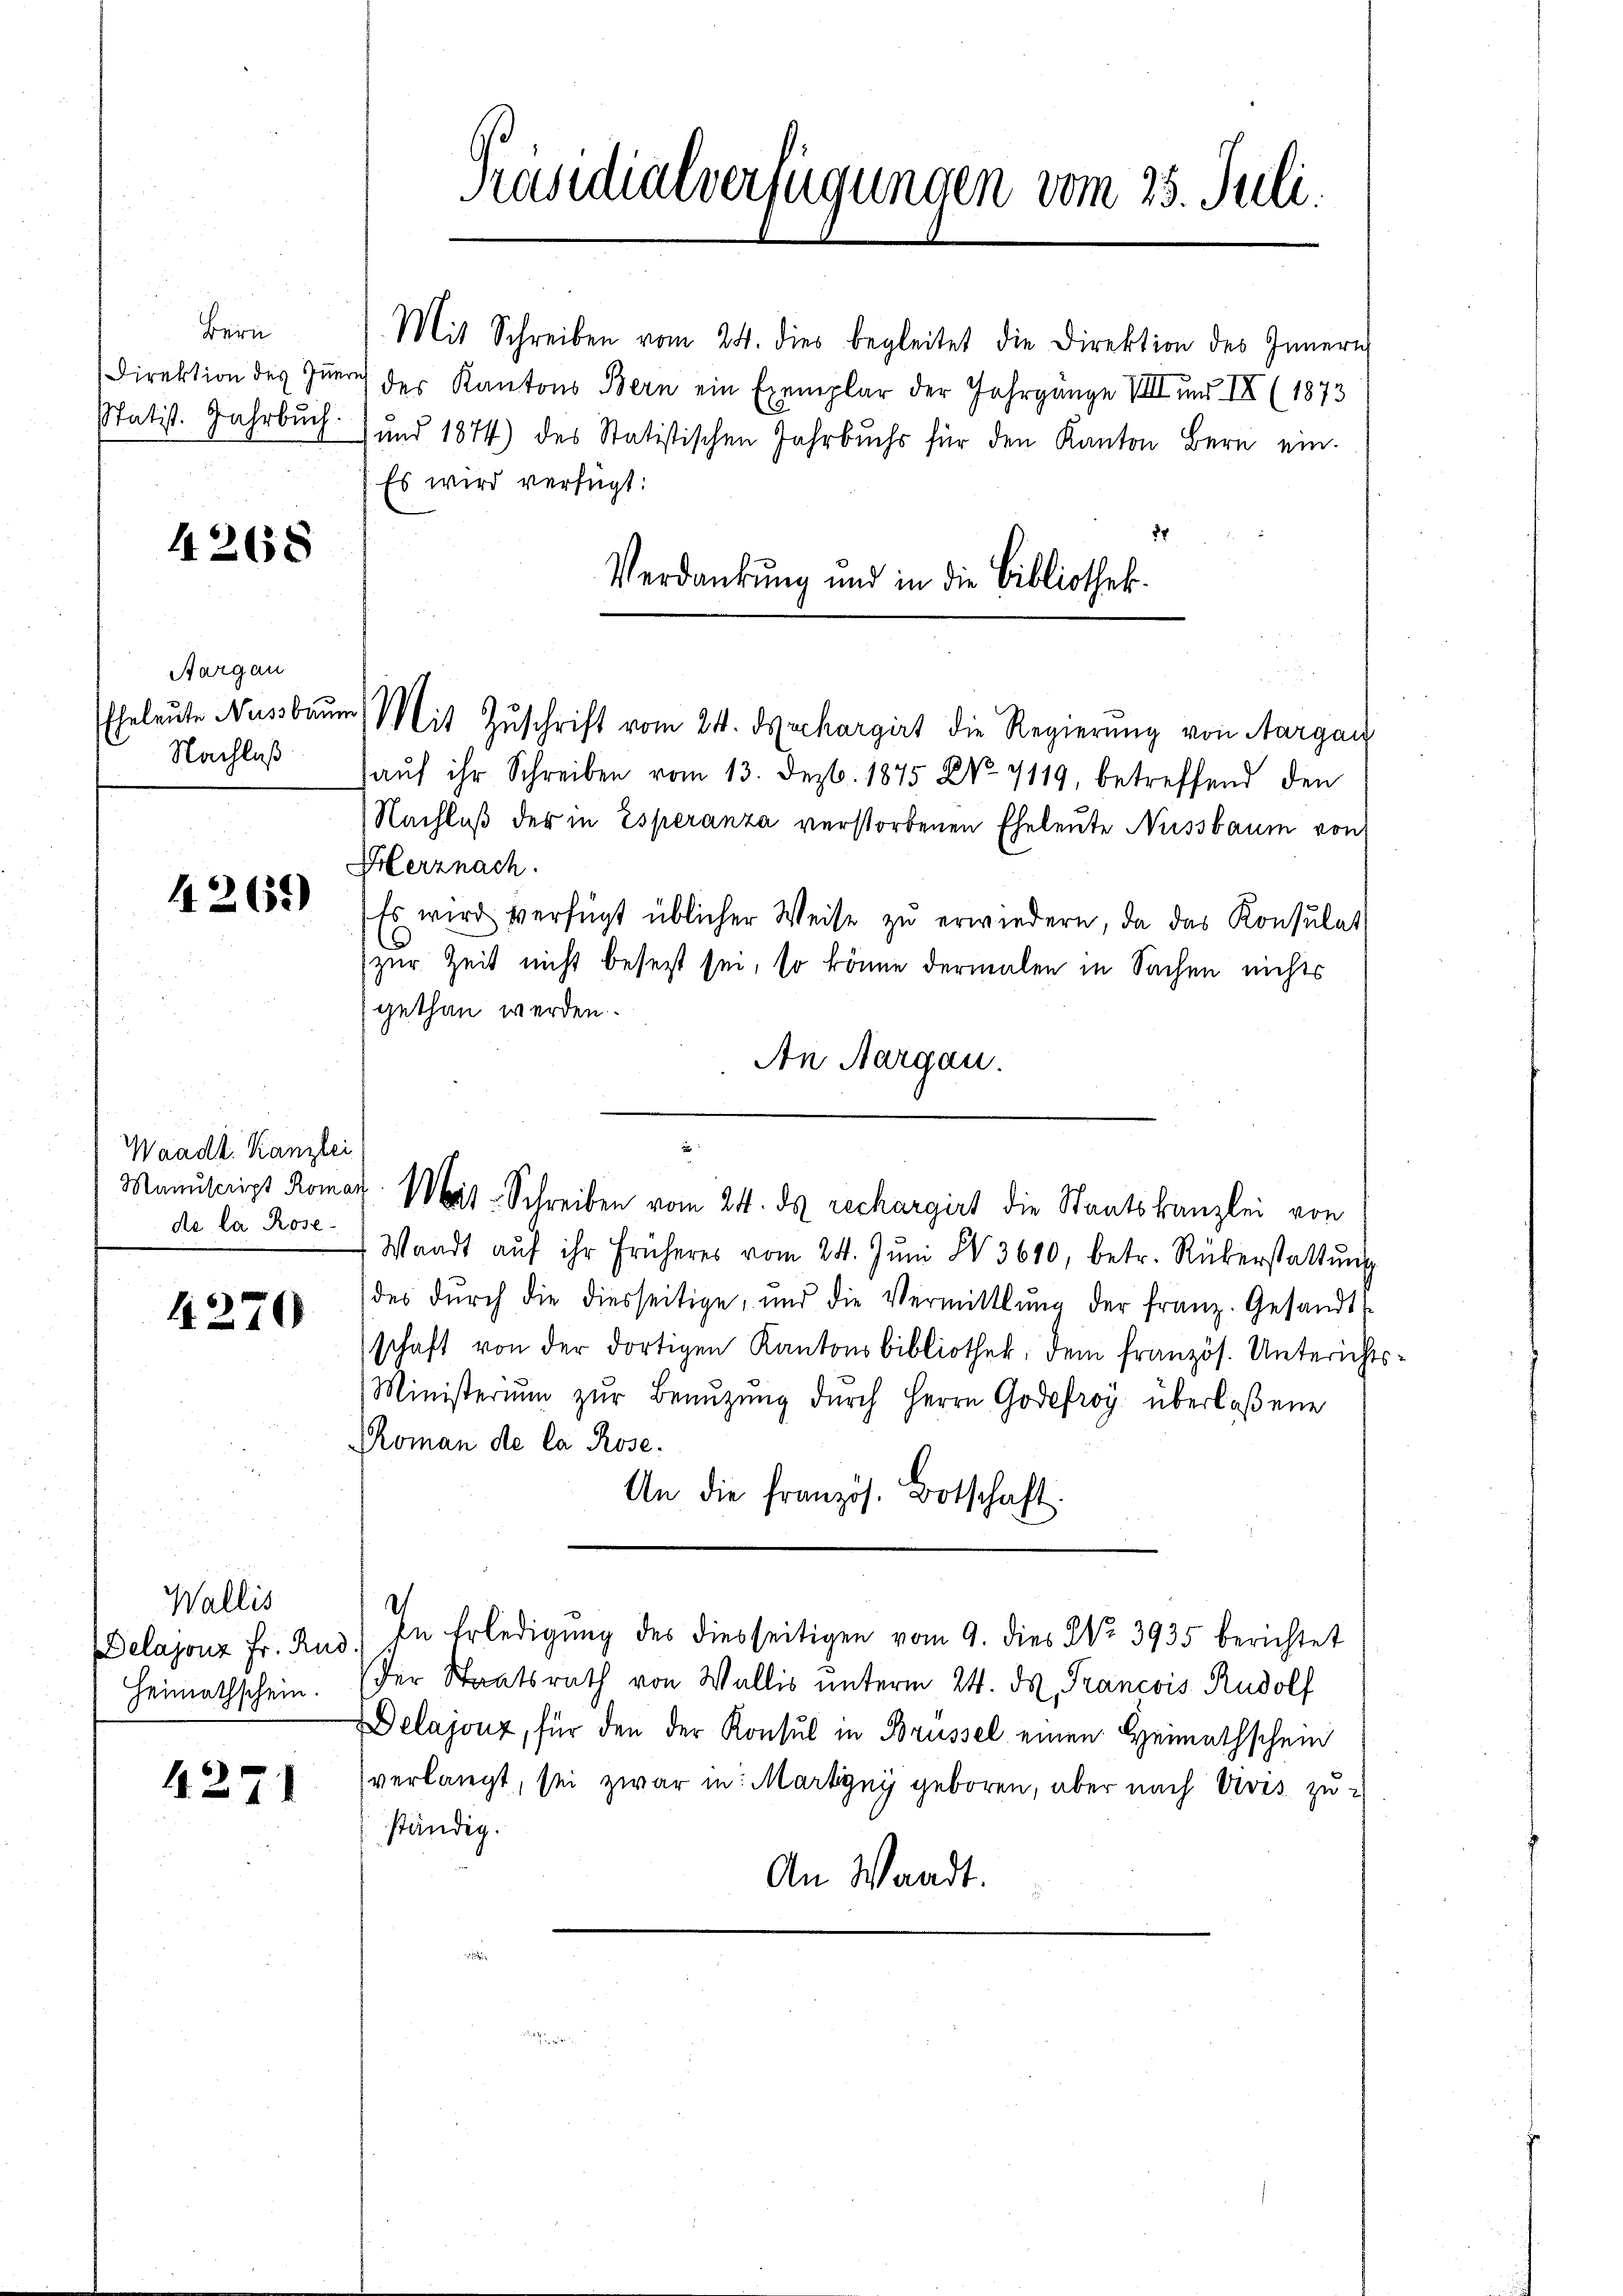
Bein
Statist. Jahrbuch.

4268

Aargau
Nachlaß

4265)

Waadt. Kanzlei
de la Rose¬

4270

Wallis
Heimathschein.

4271

Mit Schreiben vom 24. dies begleitet die Direktion des Innern
Direktion des Zürich der Kantons Bern ein Exemplar der Jahrgänge VIII und III (1873
)und 1874) des Statistischen Jahrbuchs für den Kanton Bern ein.
Es wird verfügt:
27
Verdankung und in die Bibliothek.

Präsidialverfügungen vom 25. Juli.

Eheleute Ausbaum Mit Zuschrift vom 24. Juchargirt die Regierung von Aargau
aŭf ihr Schreiben vom 13. Dezb. 1875 No 7119, betreffend den
Nachlaβ der in Esperanza verstorbenen Eheleute Nussbaum von
Herznach.
Es wird verfügt üblicher Weise zŭ erwiedern, da das Konsulat
zur Zeit nicht beseit sei, so könne dermalen in Sachen nichts
gethan werden.
An Aargau.
Waadt aŭf ihr früheres vom 24. Jŭni N. 3610, betr. Rüberstattŭng
des dŭrch die diesseitige, und die Vermittlung der franz. Gesandts
schaft von der dortigen Kantonsbibliothek, dem französ. Unterichts¬
Ministeriŭm zŭr Benŭtzŭng dŭrch Herrn Godefroy überlaßene
Roman de la Rose.
An die französ. Botschaft.
Delajonz Fr. Rud.) In Erledigŭng des diesseitigen vom 9. dies No. 3935 berichtet
Der Staatsrath von Wallis unterm 24. d. Francois Rudolf
Delajonz, für den der Konsul in Brüssel einen Heimathschein
verlangt, sei zwar in: Martyny geboren, aber nach Vivis zu-
ständig.
An Waadt.

n
Manuscript Romar. Mit Schreiben vom 24. ds rechargirt die Staatskanzlei von